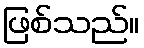
ဖြစ်သည်။